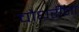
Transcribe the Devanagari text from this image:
चौधरींना